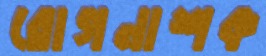
রোগনাশক